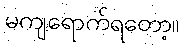
မကျရောက်ရတော့။